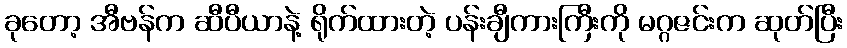
ခုတော့ အီဗန်က ဆီပီယာနဲ့ ရိုက်ထားတဲ့ ပန်းချီကားကြီးကို မဂ္ဂဇင်းက ဆုတ်ပြီး